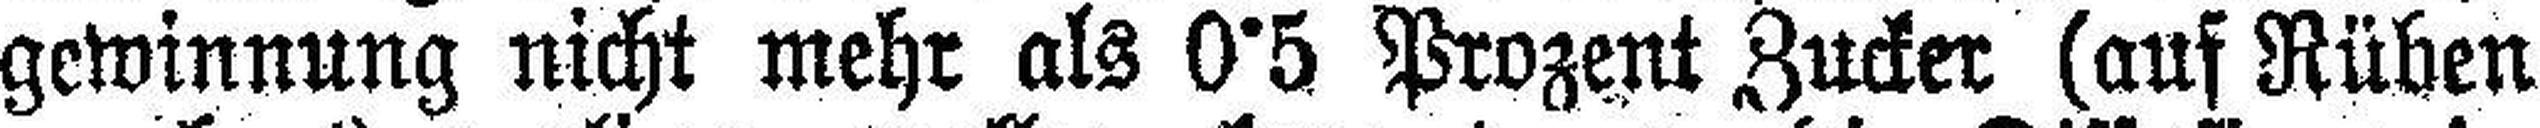
gewinnung nicht mehr als 0°5 Prozent Zucker (auf Rühen